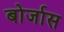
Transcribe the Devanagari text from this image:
बोर्जास